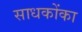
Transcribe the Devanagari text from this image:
साधकोंका